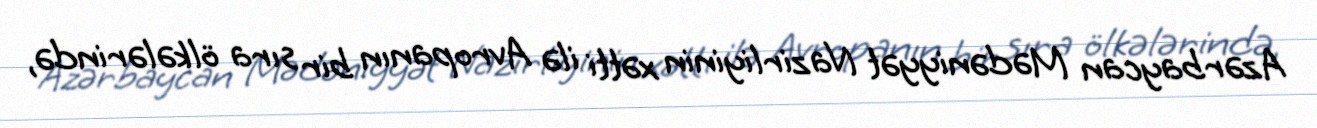
Azərbaycan Mədəniyyət Nazirliyinin xətti ilə Avropanın bir sıra ölkələrində,